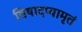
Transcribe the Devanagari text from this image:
विषादप्यामृतं